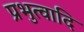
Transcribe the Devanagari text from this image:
प्रभुत्वादि